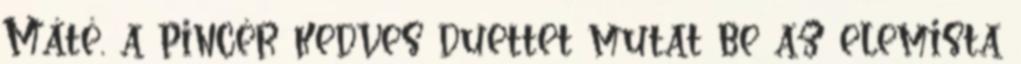
Máté, a pincér kedves duettet mutat be az elemista